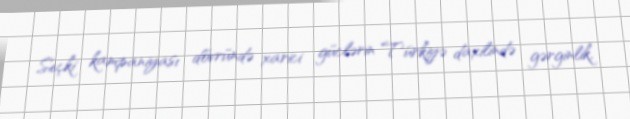
Seçki kampaniyası dövründə xarici güclərin Türkiyə daxilində gərginlik,